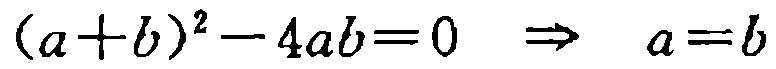
\((a + b)^2 - 4ab = 0 \Rightarrow a = b\)